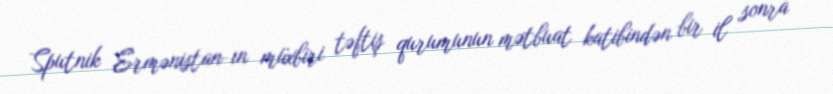
Sputnik Ermənistan-ın müxbiri təftiş qurumunun mətbuat katibindən bir il sonra